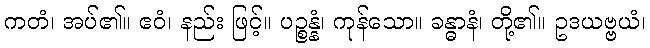
ကတံ၊ အပ်၏။ ဧဝံ၊ နည်း ဖြင့်။ ပဉ္စန္နံ၊ ကုန်သော။ ခန္ဓာနံ၊ တို့၏။ ဥဒယဗ္ဗယံ၊